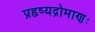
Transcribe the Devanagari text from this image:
प्रहृष्यद्रोमाणः